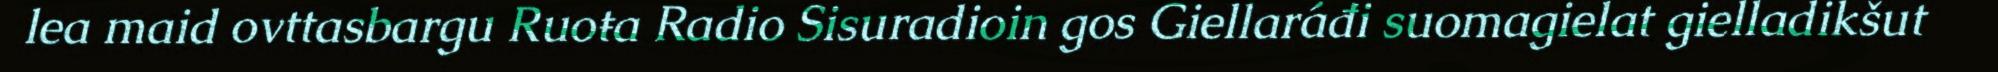
lea maid ovttasbargu Ruoŧa Radio Sisuradioin gos Giellaráđi suomagielat gielladikšut